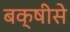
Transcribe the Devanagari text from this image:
बक्षीसे